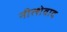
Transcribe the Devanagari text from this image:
नीत्शेवाद